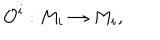
LaTeX: { \cal O } ^ { i } : M _ { i } \rightarrow M _ { i } ,